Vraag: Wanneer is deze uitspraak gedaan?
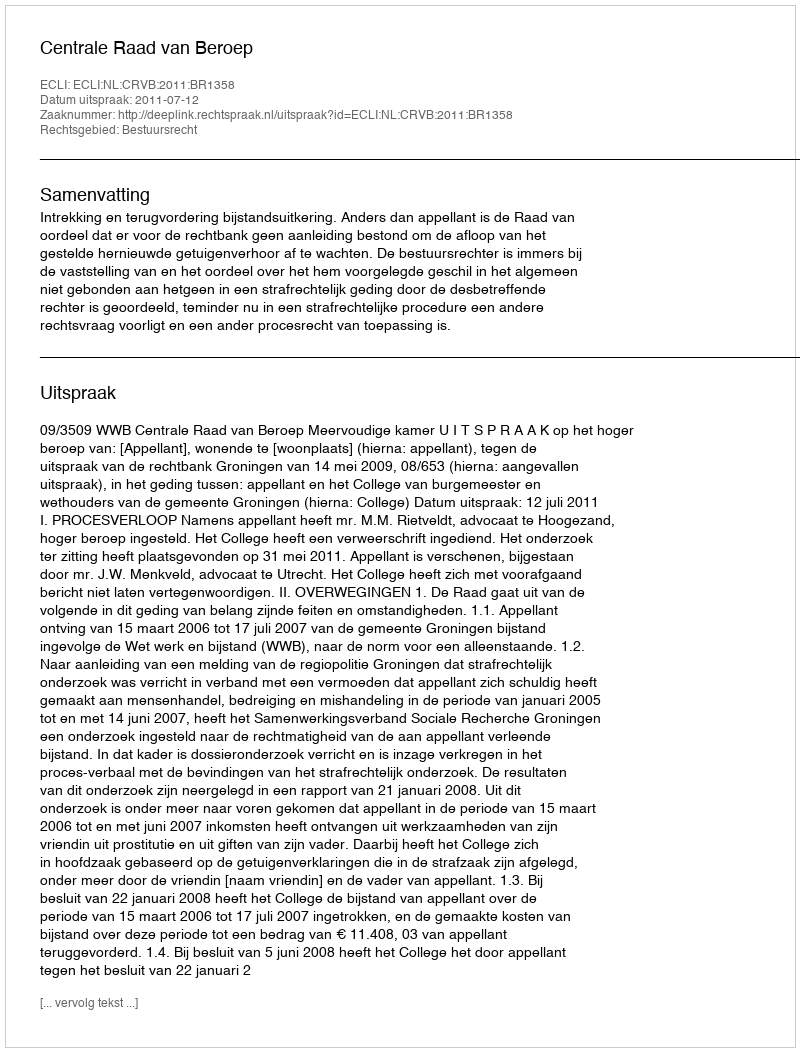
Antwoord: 2011-07-12